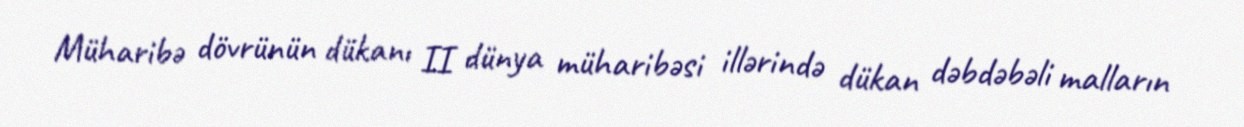
Müharibə dövrünün dükanı II dünya müharibəsi illərində dükan dəbdəbəli malların